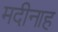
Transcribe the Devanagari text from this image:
मदीनाह